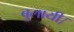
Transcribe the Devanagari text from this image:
बुलायी।